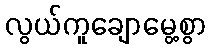
လွယ်ကူချောမွေ့စွာ